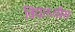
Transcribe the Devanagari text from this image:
विद्यार्थ्यांस